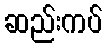
ဆည်းကပ်